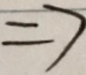
\Rightarrow